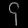
Digit: ၄